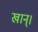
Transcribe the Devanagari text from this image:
खान्।